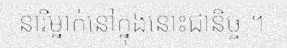
នារីម្នាក់នៅក្នុងនោះជានិច្ច ។